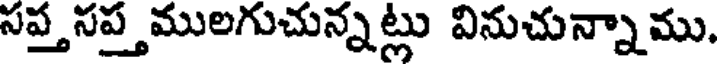
సప్తసప్తములగుచున్నట్లు వినుచున్నాము,